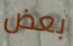
بعض